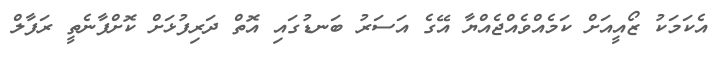
އެކަމަކު ޒޯއީއަށް ކަމެއްވެއްޖެއްޔާ އޭގެ އަސަރު ބަނޑުގައި އޮތް ދަރިފުޅަށް ކޮށްފާނެތީ ރަފާލް